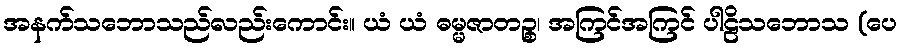
အနက်သဘောသည်လည်းကောင်း။ ယံ ယံ ဓမ္မဇာတဉ္စ၊ အကြင်အကြင် ပါဠိသဘောသ (ပေ